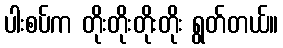
ပါးစပ်က တိုးတိုးတိုးတိုး ရွတ်တယ်။